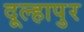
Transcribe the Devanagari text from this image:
दूल्हापुर